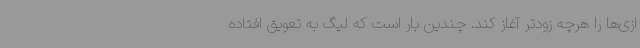
ازی‌ها را هرچه زودتر آغاز کند. چندین بار است که لیگ به تعویق افتاده